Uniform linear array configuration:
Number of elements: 4
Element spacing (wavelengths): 0.75
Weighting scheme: exponential
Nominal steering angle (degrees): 0
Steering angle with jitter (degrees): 1.695
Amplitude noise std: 0.05
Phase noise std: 0.05

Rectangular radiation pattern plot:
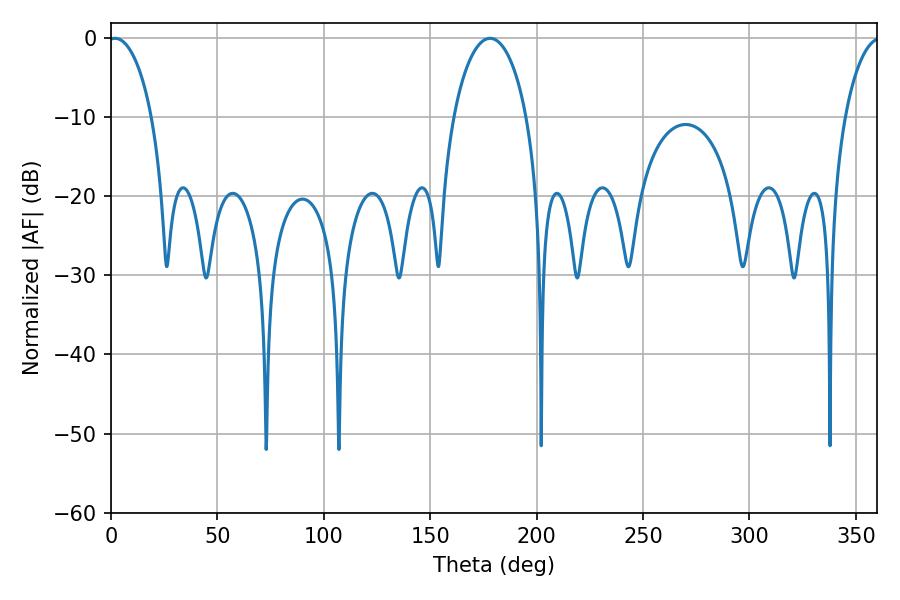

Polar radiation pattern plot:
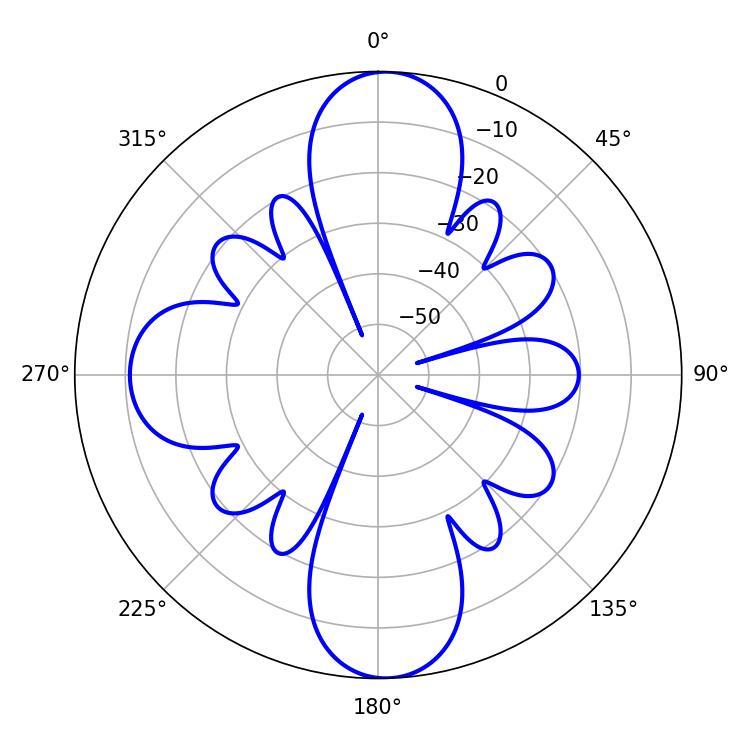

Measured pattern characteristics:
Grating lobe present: TRUE
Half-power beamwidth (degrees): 11.7
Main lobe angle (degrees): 1.8